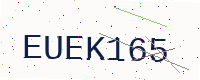
Text: EUEK165